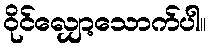
ဝိုင်လျှော့သောက်ပါ။